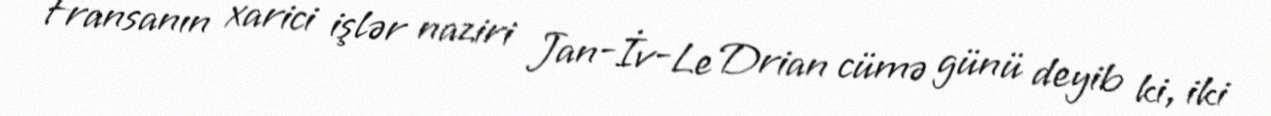
Fransanın xarici işlər naziri Jan-İv-Le Drian cümə günü deyib ki, iki